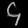
Digit: ၄